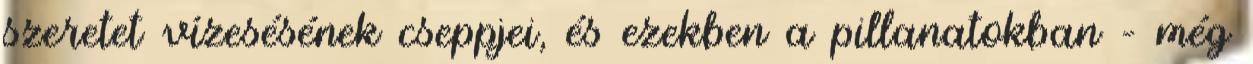
szeretet vízesésének cseppjei, és ezekben a pillanatokban – még